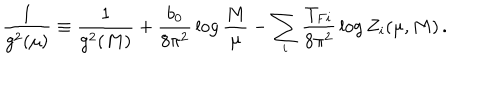
LaTeX: { \frac { 1 } { g ^ { 2 } ( \mu ) } } \equiv { \frac { 1 } { g ^ { 2 } ( M ) } } + { \frac { b _ { 0 } } { 8 \pi ^ { 2 } } } \log { \frac { M } { \mu } } - \sum _ { i } { \frac { T _ { F i } } { 8 \pi ^ { 2 } } } \log Z _ { i } ( \mu , M ) \, .